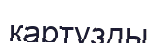
картузды